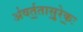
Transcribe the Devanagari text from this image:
अ॑वर्त॒तासु॒रेकः॒